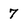
Character: 7